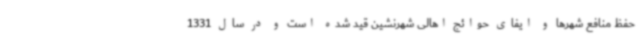
حفظ منافع شهرها و ایفای حوائج اهالی شهرنشین قید شده است و در سال 1331